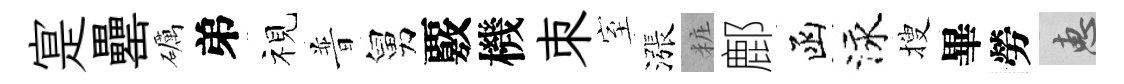
寔罍礪弟视普舅覈機朿室漲粧鄜函泳搜畢勞惠